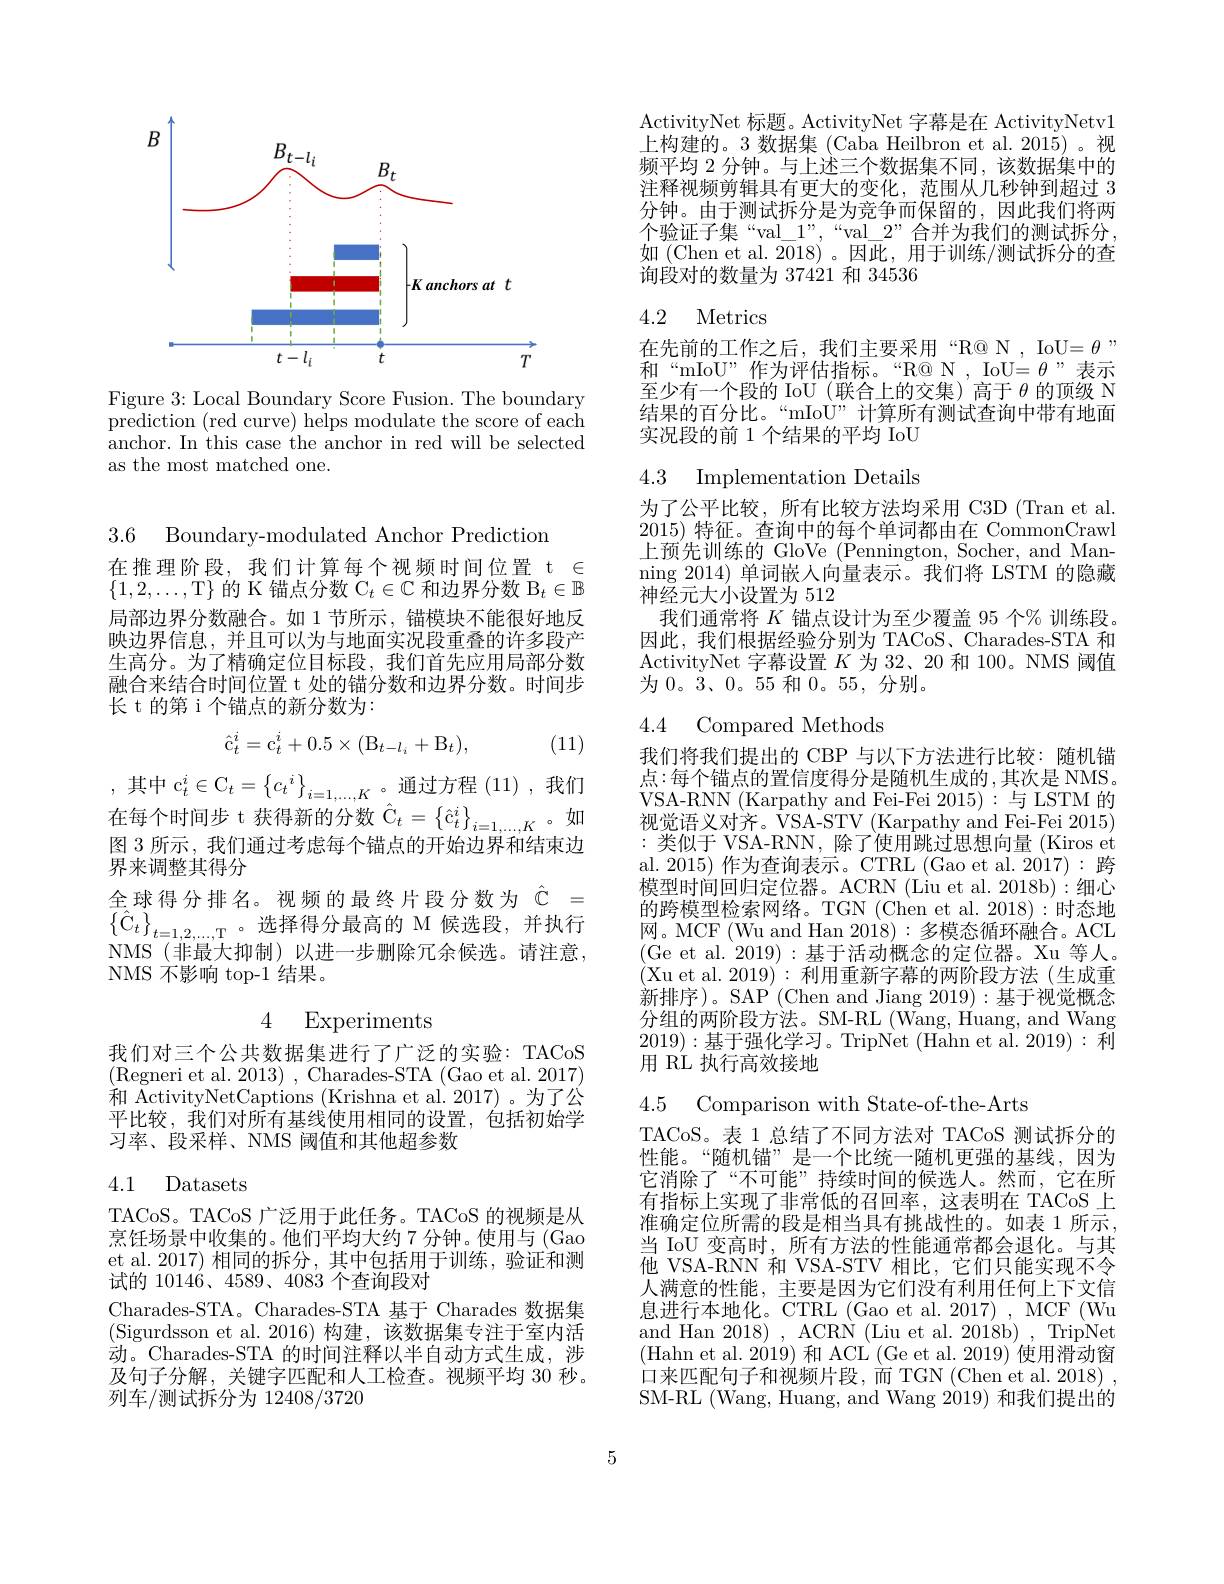
<FigureHere>

Figure 3: Local Boundary Score Fusion. The boundary prediction (red curve) helps modulate the score of each anchor. In this case the anchor in red will be selected as the most matched one.

3.6 Boundary-modulated Anchor Prediction

在推理阶段，我们计算每个视频时间位置 t $\in$ $\{1,2,\ldots$,T$\}$的 K 锚点分数 C$_t\in\mathbb{C}$和边界分数$\mathcal{B}_t\in\mathbb{B}$ 局部边界分数融合。如 1 节所示 , 锚模块不能很好地反映边界信息，并且可以为与地面实况段重叠的许多段产生高分。为了精确定位目标段，我们首先应用局部分数融合来结合时间位置 t 处的锚分数和边界分数。时间步长 t 的第 i 个锚点的新分数为：

(11)
$$\hat{\mathrm{c}}_t^i=\mathrm{c}_t^i+0.5\times(\mathrm{B}_{t-l_i}+\mathrm{B}_t),$$
$$\mathrm{~c}_{t}^{i}\in\mathrm{C}_{t}=\left\{c_{t}^{i}\right\}_{i=1,\ldots,K}$$
在每个时间步 t 获得新的分数$\hat{\mathcal{C}}_t=\begin{Bmatrix}\hat{\mathfrak{c}}_t^i\end{Bmatrix}_{i=1,\ldots,K}$。如图 3 所示 , 我们通过考虑每个锚点的开始边界和结束边界来调整其得分
全球得分排名。视频的最终片段分数为$\hat{\mathbb{C}}=$ $\left\{\hat{\mathcal{C}}_{t}\right\}_{t=1,2,\ldots,\mathrm{T}}$。选择得分最高的 M 候选段，并执行NMS(非最大抑制)以进一步删除冗余候选。请注意， NMS 不影响 top-1 结果。

我们对三个公共数据集进行了广泛的实验：TACoS (Regneri et al. 2013) , Charades-STA (Gao et al. 2017) 和 ActivityNetCaptions (Krishna et al. 2017) 。为了公平比较，我们对所有基线使用相同的设置，包括初始学习率、段采样、NMS 阈值和其他超参数

## 4.1 Datasets

TACoS。TACoS 广泛用于此任务。TACoS 的视频是从烹饪场景中收集的。他们平均大约7 分钟。使用与 (Gao et al. 2017) 相同的拆分，其中包括用于训练，验证和测试的 10146、4589、4083 个查询段对
Charades-STA。Charades-STA 基于 Charades 数据集(Sigurdsson et al.2016)构建，该数据集专注于室内活动。Charades-STA 的时间注释以半自动方式生成，涉及句子分解，关键字匹配和人工检查。视频平均 30 秒。列车/测试拆分为 12408/3720

ActivityNet 标题。ActivityNet 字幕是在 ActivityNetv1上构建的。3 数据集 (Caba Heilbron et al. 2015) 。视频平均 2 分钟。与上述三个数据集不同，该数据集中的注释视频剪辑具有更大的变化，范围从几秒钟到超过 3分钟。由于测试拆分是为竞争而保留的，因此我们将两个验证子集“val\_1”,“val\_2”合并为我们的测试拆分， 如(Chen et al. 2018)。因此，用于训练/测试拆分的查询段对的数量为 37421 和 34536

### 4.2 Metrics

在先前的工作之后，我们主要采用“R@ N, IoU= $\theta$” 和“mIoU”作为评估指标。“R@ N, IoU= $\theta$”表示至少有一个段的 IoU (联合上的交集) 高于$\theta$的顶级 N 结果的百分比。“mIoU”计算所有测试查询中带有地面实况段的前 1 个结果的平均 IoU

## 4.3 Implementation Details

为了公平比较，所有比较方法均采用 C3D (Tran et al. 2015)特征。查询中的每个单词都由在 CommonCrawl 上预先训练的 GloVe (Pennington, Socher, and Manning 2014) 单词嵌人向量表示。我们将 LSTM 的隐藏$\bar{\text{神经元大小设置为 }512}$
我们通常将$K$锚点设计为至少覆盖 95 个% 训练段。因此，我们根据经验分别为 TACoS、Charades-STA 和ActivityNet 字幕设置$K$为 32、20 和 100。NMS 阈值为 0。$\bar{3}、0。55$和0。55,分别。

4.4 Compared Methods

我们将我们提出的 CBP 与以下方法进行比较：随机锚点：每个锚点的置信度得分是随机生成的，其次是 NMS。VSA-RNN (Karpathy and Fei-Fei 2015):与 LSTM 的视觉语义对齐。VSA-STV (Karpathy and Fei-Fei 2015) :类似于 VSA-RNN, 除了使用跳过思想向量 (Kiros et al. 2015) 作为查询表示。CTRL (Gao et al. 2017): 跨模型时间回归定位器。ACRN (Liu et al. 2018b)'细心的跨模型检索网络。TGN (Chen et al. 2018):时态地网。MCF (Wu and Han 2018):多模态循环融合。ACL (Ge et al. 2019):基于活动概念的定位器。Xu 等人。(Xu et al. 2019): 利用重新字幕的两阶段方法(生成重新排序)。SAP (Chen and Jiang 2019):基于视觉概念分组的两阶段方法。SM-RL (Wang, Huang, and Wang 2019):基于强化学习。TripNet (Hahn et al. 2019): 利用 RÉ 执行高效接地

4.5 Comparison with State-of-the-Arts

TACoS。表 1 总结了不同方法对 TACoS 测试拆分的性能。“随机锚”是一个比统一随机更强的基线，因为它消除了“不可能”持续时间的候选人。然而，它在所有指标上实现了非常低的召回率，这表明在 TACoS 上准确定位所需的段是相当具有挑战性的。如表 1 所示， 当 IoU 变高时，所有方法的性能通常都会退化。与其他 VSA-RNN 和 VSA-STV 相比，它们只能实现不令人满意的性能，主要是因为它们没有利用任何上下文信息进行本地化。CTRL (Gao et al. 2017) , MCF (Wu and Han 2018) , ACRN (Liu et al. 2018b) , TripNet (Hahn et al.2019) 和 ACL(Ge et al.2019) 使用滑动窗口来匹配句子和视频片段，而TGN (Chen et al. 2018) , SM-RL (Wang, Huang, and Wang 2019) 和我们提出的

5